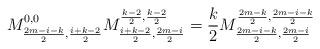
LaTeX: \begin{align*}M^{0,0}_{\frac{2m-i-k}{2},\frac{i+k-2}{2}}M^{\frac{k-2}{2},\frac{k-2}{2}}_{\frac{i+k-2}{2},\frac{2m-i}{2}}=\frac{k}{2} M^{\frac{2m-k}{2},\frac{2m-i-k}{2}}_{\frac{2m-i-k}{2},\frac{2m-i}{2}}\end{align*}